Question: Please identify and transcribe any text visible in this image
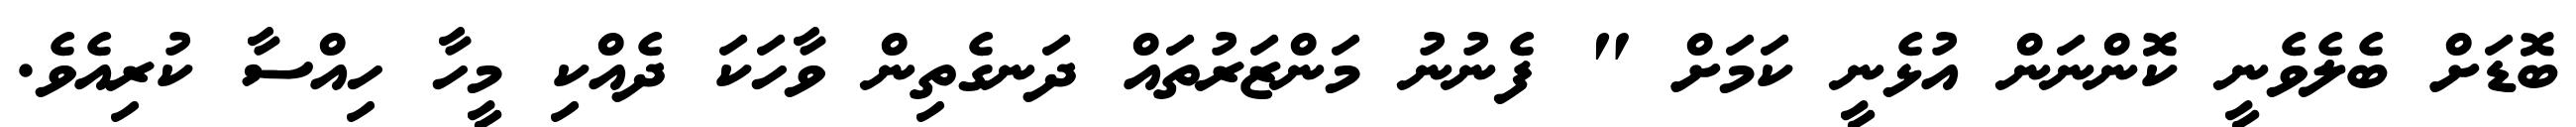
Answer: ބޮޑަށް ބެލެވެނީ ކޮންނަން އުޅެނީ ކަމަށް " ފެނުނު މަންޒަރުތައް ދަނގެތިން ވާހަކަ ދެއްކި މީހާ ހިއްސާ ކުރިއެވެ.